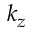
k _ { z }